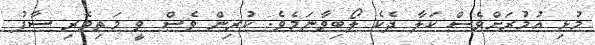
މުޅި އުމުރަށްވެސް ކަލާ ދެކެ ލޯބިވާނަމެވެ. ކުރިން ވެސް ވީ މަތިވެރި ސާފު